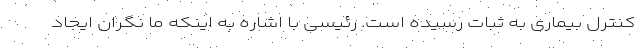
کنترل بیماری به ثبات رسیده است. رئیسی با اشاره به اینکه ما نگران ایجاد